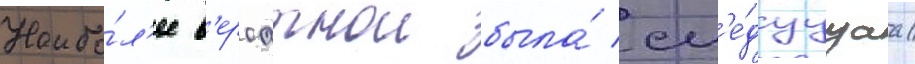
Наибо́л'ее в'ероатнои была́ сл'е́дуущаа